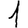
Digit: 1